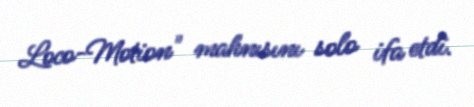
Loco-Motion" mahnısını solo ifa etdi.